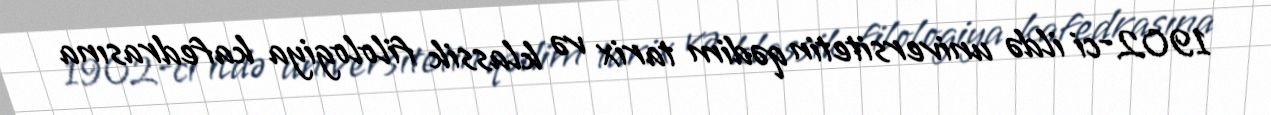
1902-ci ildə universitetin qədim tarix və klassik filologiya kafedrasına